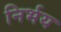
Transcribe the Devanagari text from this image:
निर्भय